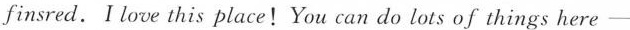
finsred. I love this place!You can do lots of things here